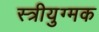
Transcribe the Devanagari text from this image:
स्त्रीयुग्मक